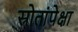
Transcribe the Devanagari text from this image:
स्रोतांपेक्षा